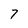
Character: 7